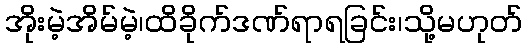
အိုးမဲ့အိမ်မဲ့၊ထိခိုက်ဒဏ်ရာရခြင်း၊သို့မဟုတ်